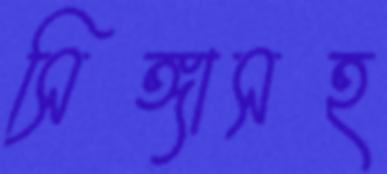
সিঙ্গাসহ